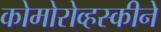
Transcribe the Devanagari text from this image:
कोमोरोव्हस्कीने